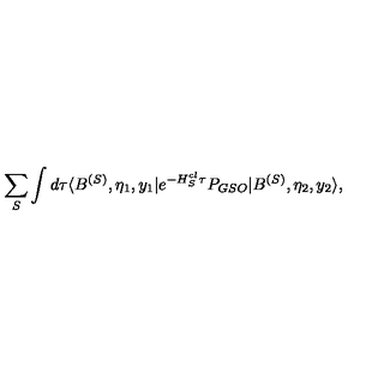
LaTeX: \sum _ { S } \int d \tau \langle B ^ { ( S ) } , \eta _ { 1 } , y _ { 1 } | e ^ { - H _ { S } ^ { c l } \tau } P _ { G S O } | B ^ { ( S ) } , \eta _ { 2 } , y _ { 2 } \rangle ,